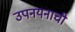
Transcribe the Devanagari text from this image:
उपनयनाची